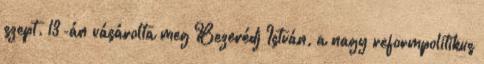
szept. 13-án vásárolta meg Bezerédj István, a nagy reformpolitikus